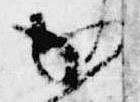
か